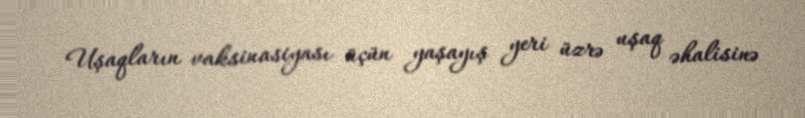
Uşaqların vaksinasiyası üçün yaşayış yeri üzrə uşaq əhalisinə